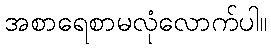
အစာရေစာမလုံလောက်ပါ။